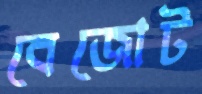
বেজোট